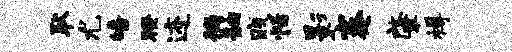
耿尤皤暌迹徜舳贱恬影蹇肇樽